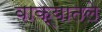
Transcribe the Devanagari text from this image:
वाक्यातले